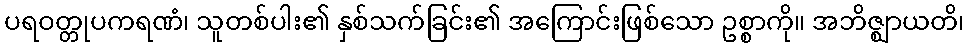
ပရဝတ္တုပကရဏံ၊ သူတစ်ပါး၏ နှစ်သက်ခြင်း၏ အကြောင်းဖြစ်သော ဥစ္စာကို။ အဘိဇ္ဈာယတိ၊